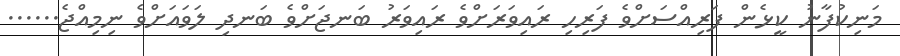
މަނިކުފާނު ކީޅެން ފަރިއްސަށްވެ ފަރިހި ރައިވަރަށްވެ ރައިވަރު ބަނޖަށްވެ ބަނދި ލަވައަށްވެ ނިމިއްޖެ......